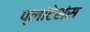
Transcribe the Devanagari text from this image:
प्लांटेशंस